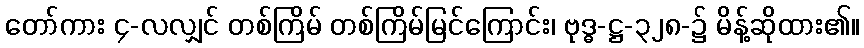
တော်ကား ၄-လလျှင် တစ်ကြိမ် တစ်ကြိမ်မြင်ကြောင်း၊ ဗုဒ္ဓ-ဋ္ဌ-၃၂၈-၌ မိန့်ဆိုထား၏။